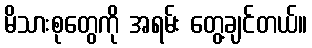
မိသားစုတွေကို အရမ်း တွေ့ချင်တယ်။